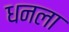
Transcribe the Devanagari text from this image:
धनला